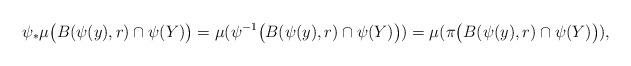
LaTeX: \begin{align*} \psi _* \mu \big( B(\psi(y),r) \cap \psi (Y)\big) = \mu ( \psi^{-1} \big( B(\psi(y),r) \cap \psi (Y)\big) ) = \mu ( \pi \big( B(\psi(y),r) \cap \psi (Y)\big) ), \end{align*}